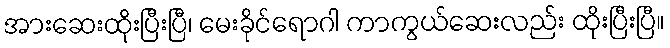
အားဆေးထိုးပြီးပြီ၊ မေးခိုင်ရောဂါ ကာကွယ်ဆေးလည်း ထိုးပြီးပြီ။